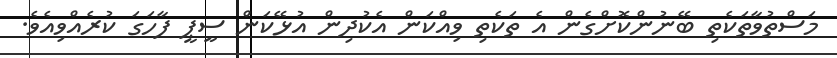
މަސްތުވާތަކެތި ބޭނުންކޮށްގެން އެ ތަކެތި ވިއްކަން އެކުދިން އުޅޭކަން ސީޕީ ފާހަގަ ކުރެއްވިއެވެ.